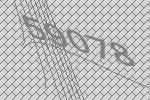
59078